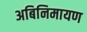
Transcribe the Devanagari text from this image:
अबिनिमायण